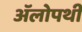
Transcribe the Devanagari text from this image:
ॲलोपथी